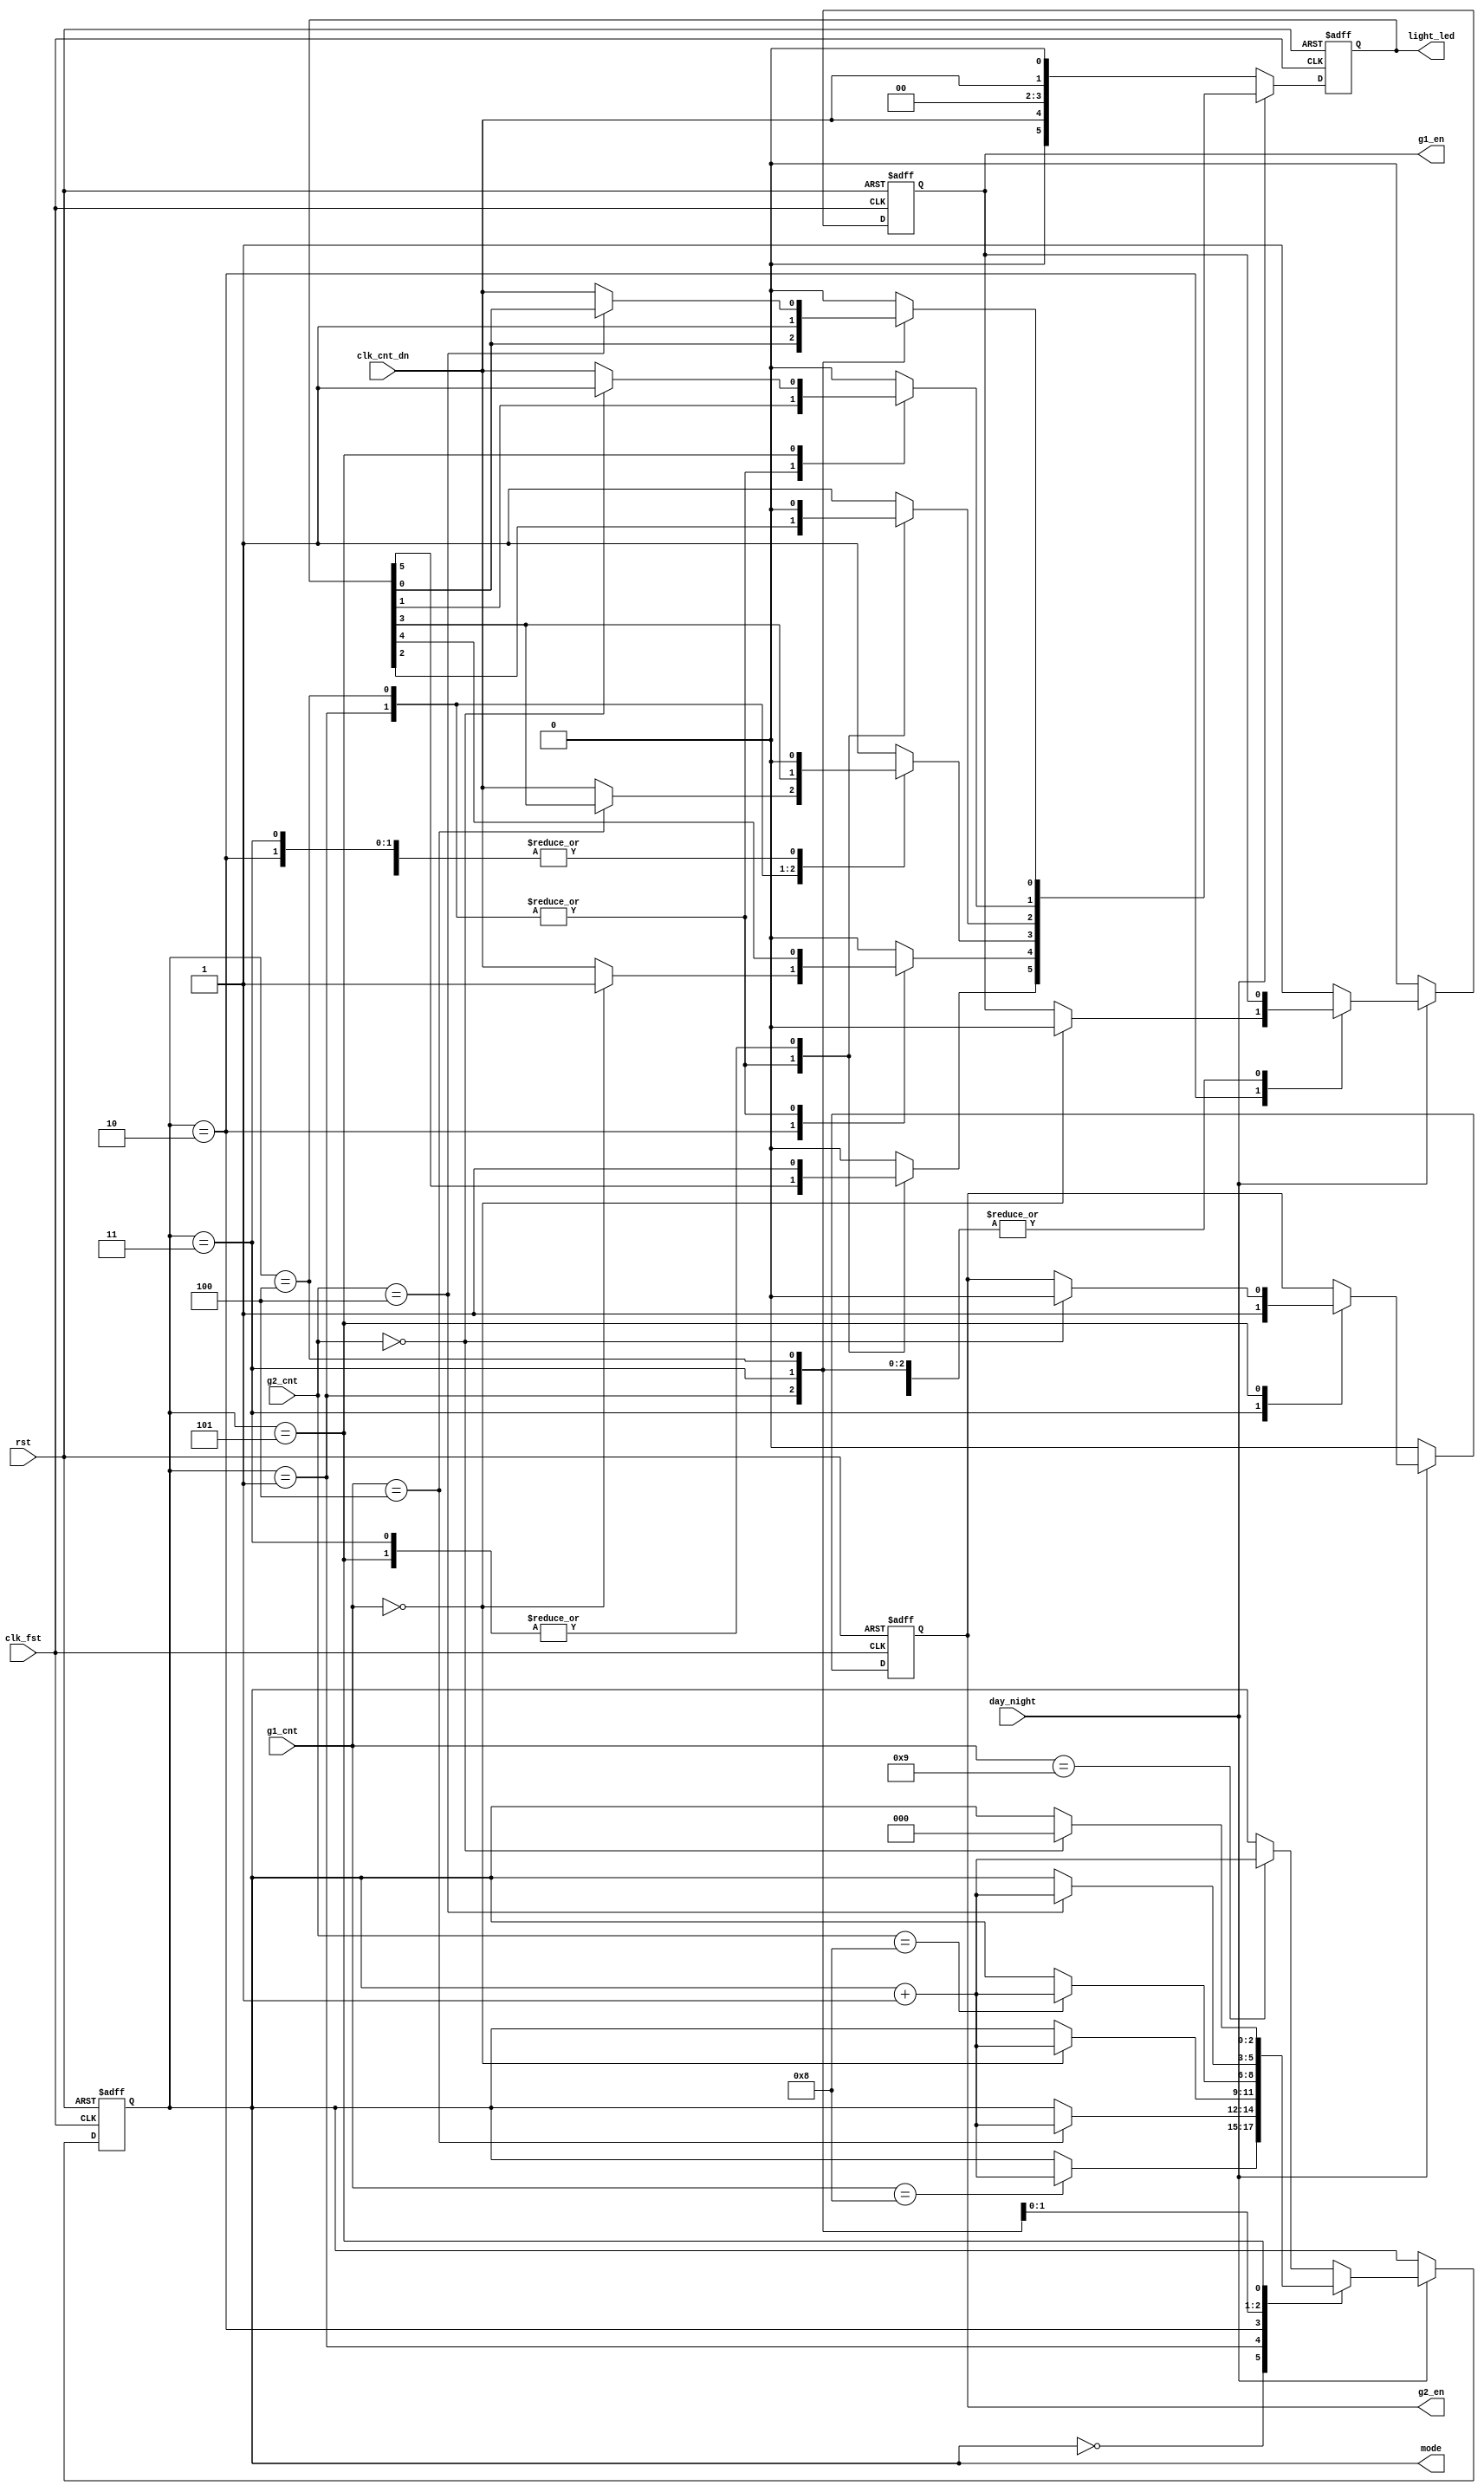
module ryg_ctl (clk_fst, clk_cnt_dn, rst, day_night, g1_cnt, g2_cnt, g1_en, g2_en, light_led, mode);
	input	clk_fst, clk_cnt_dn, rst, day_night;
	input [7:0] g1_cnt, g2_cnt;
	output g1_en, g2_en;
	output [5:0] light_led;
	output [2:0] mode;
	reg g1_en, g2_en;
	reg [5:0]	light_led;
	reg [2:0]	mode;
	always@(posedge clk_fst or posedge rst) begin
	if (rst) begin
		light_led <= 6'b001_100; // g1 : r2
		mode <= 3'b0;
		g1_en <= 1'b0;
		g2_en <= 1'b0;
		end
	else if(day_night == 1'b1) // day time
		case(mode)
		3'd0: begin
			light_led <= 6'b001_100; // g1 : r2
			g1_en <= 1'b1; 	// g1 count down
			if(g1_cnt == 8'b0000_1000) 	// after 20 seconds
				mode <= mode + 3'b1; 
			end
		3'd1: begin	// g1 flashes : r2
			if (g1_cnt == 8'b0000_0100) //after 5 seconds
				mode <= mode + 3'b1; 
			else
				light_led[3] <= clk_cnt_dn;	// g1 flashes
			end
		3'd2: begin
			light_led = 6'b010_100; 	 // y1 : r2
			if (g1_cnt == 8'b0000_0000) begin	// after 4 seconds
				g1_en <= 1'b0;
				mode <= mode + 3'b1;	
			end
			else 
				light_led[4] <= clk_cnt_dn;	// g1 flashes
			end
		3'd3: begin
			light_led <= 6'b100_001; 	// r1 : g2
			g2_en <= 1'b1;
			if(g2_cnt == 8'b0000_1000)	// after 20 seconds
				mode <= mode + 3'b1; 
			end
		3'd4: begin	// r1 : g2 flashes
			if(g2_cnt == 8'b0000_0100)	// after 5 seconds
				mode <= mode + 3'b1; 
			else
				light_led[0] <= clk_cnt_dn;	// g2 flashes
			end
		3'd5: begin	
			light_led <= 6'b100_010;	// r1 : y2
			if (g2_cnt == 8'b0000_0000) begin	// after 4 seconds
				g2_en <= 1'b0;
				mode <= 3'b0;
			end
			else
				light_led[1] <= clk_cnt_dn;	// g1 flashes
			end
		default: begin	// back to mode0
			light_led <= 6'b001_100; 	// g1 : r2
			g1_en <= 1'b1; // g1 count down
			if(g1_cnt == 8'b0000_1001) 	// after 20 seconds
				mode <= mode + 3'b1; 
			end
		endcase
	else if(day_night == 1'b0) begin  // night time
		light_led <= {{1'b0, clk_cnt_dn, 1'b0}, {1'b0, clk_cnt_dn, 1'b0}}; 
		// y1 flashes : y2 flashes
		g1_en <= 1'b0;
		g2_en <= 1'b0;
		end
	end
endmodule